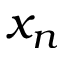
x _ { n }